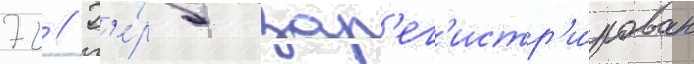
72 // Г'е́рб зар'ег'истр'и́рован